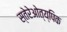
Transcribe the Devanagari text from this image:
स्तेरेओत्य्पिक